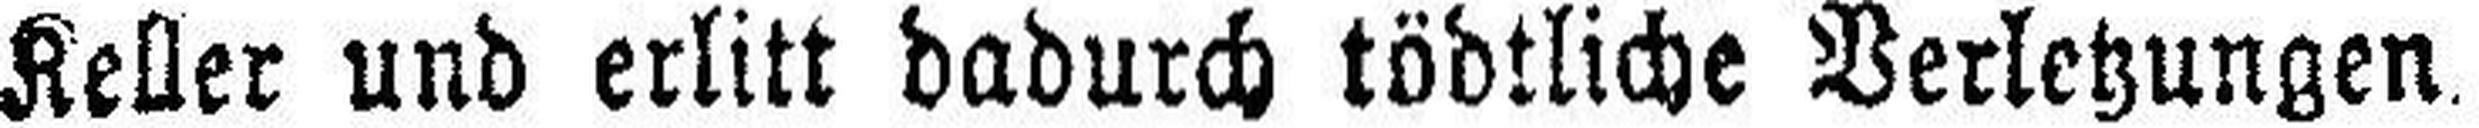
Keller und erlitt dadurch tödtliche Verletzungen.